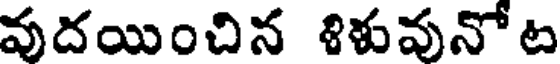
వదయించిన శిళువునోట